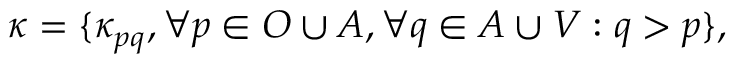
{ \boldsymbol { \kappa } } = \{ \kappa _ { p q } , \forall { p \in O \cup A } , \forall { q \in A \cup V } : q > p \} ,